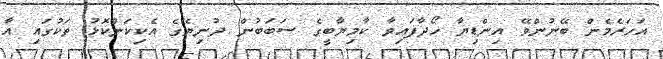
އަހަރެމެން ބޭނުންވޭ އިންޑިޔާ ހޯދާފައިވާ ކާމިޔާބީގެ ސަބަބުން ދުނިޔޭގެ އެކިކަންކޮޅު ތަކުގައި އާ